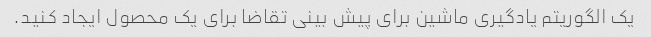
یک الگوریتم یادگیری ماشین برای پیش بینی تقاضا برای یک محصول ایجاد کنید.